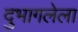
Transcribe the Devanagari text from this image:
दुभागलेला